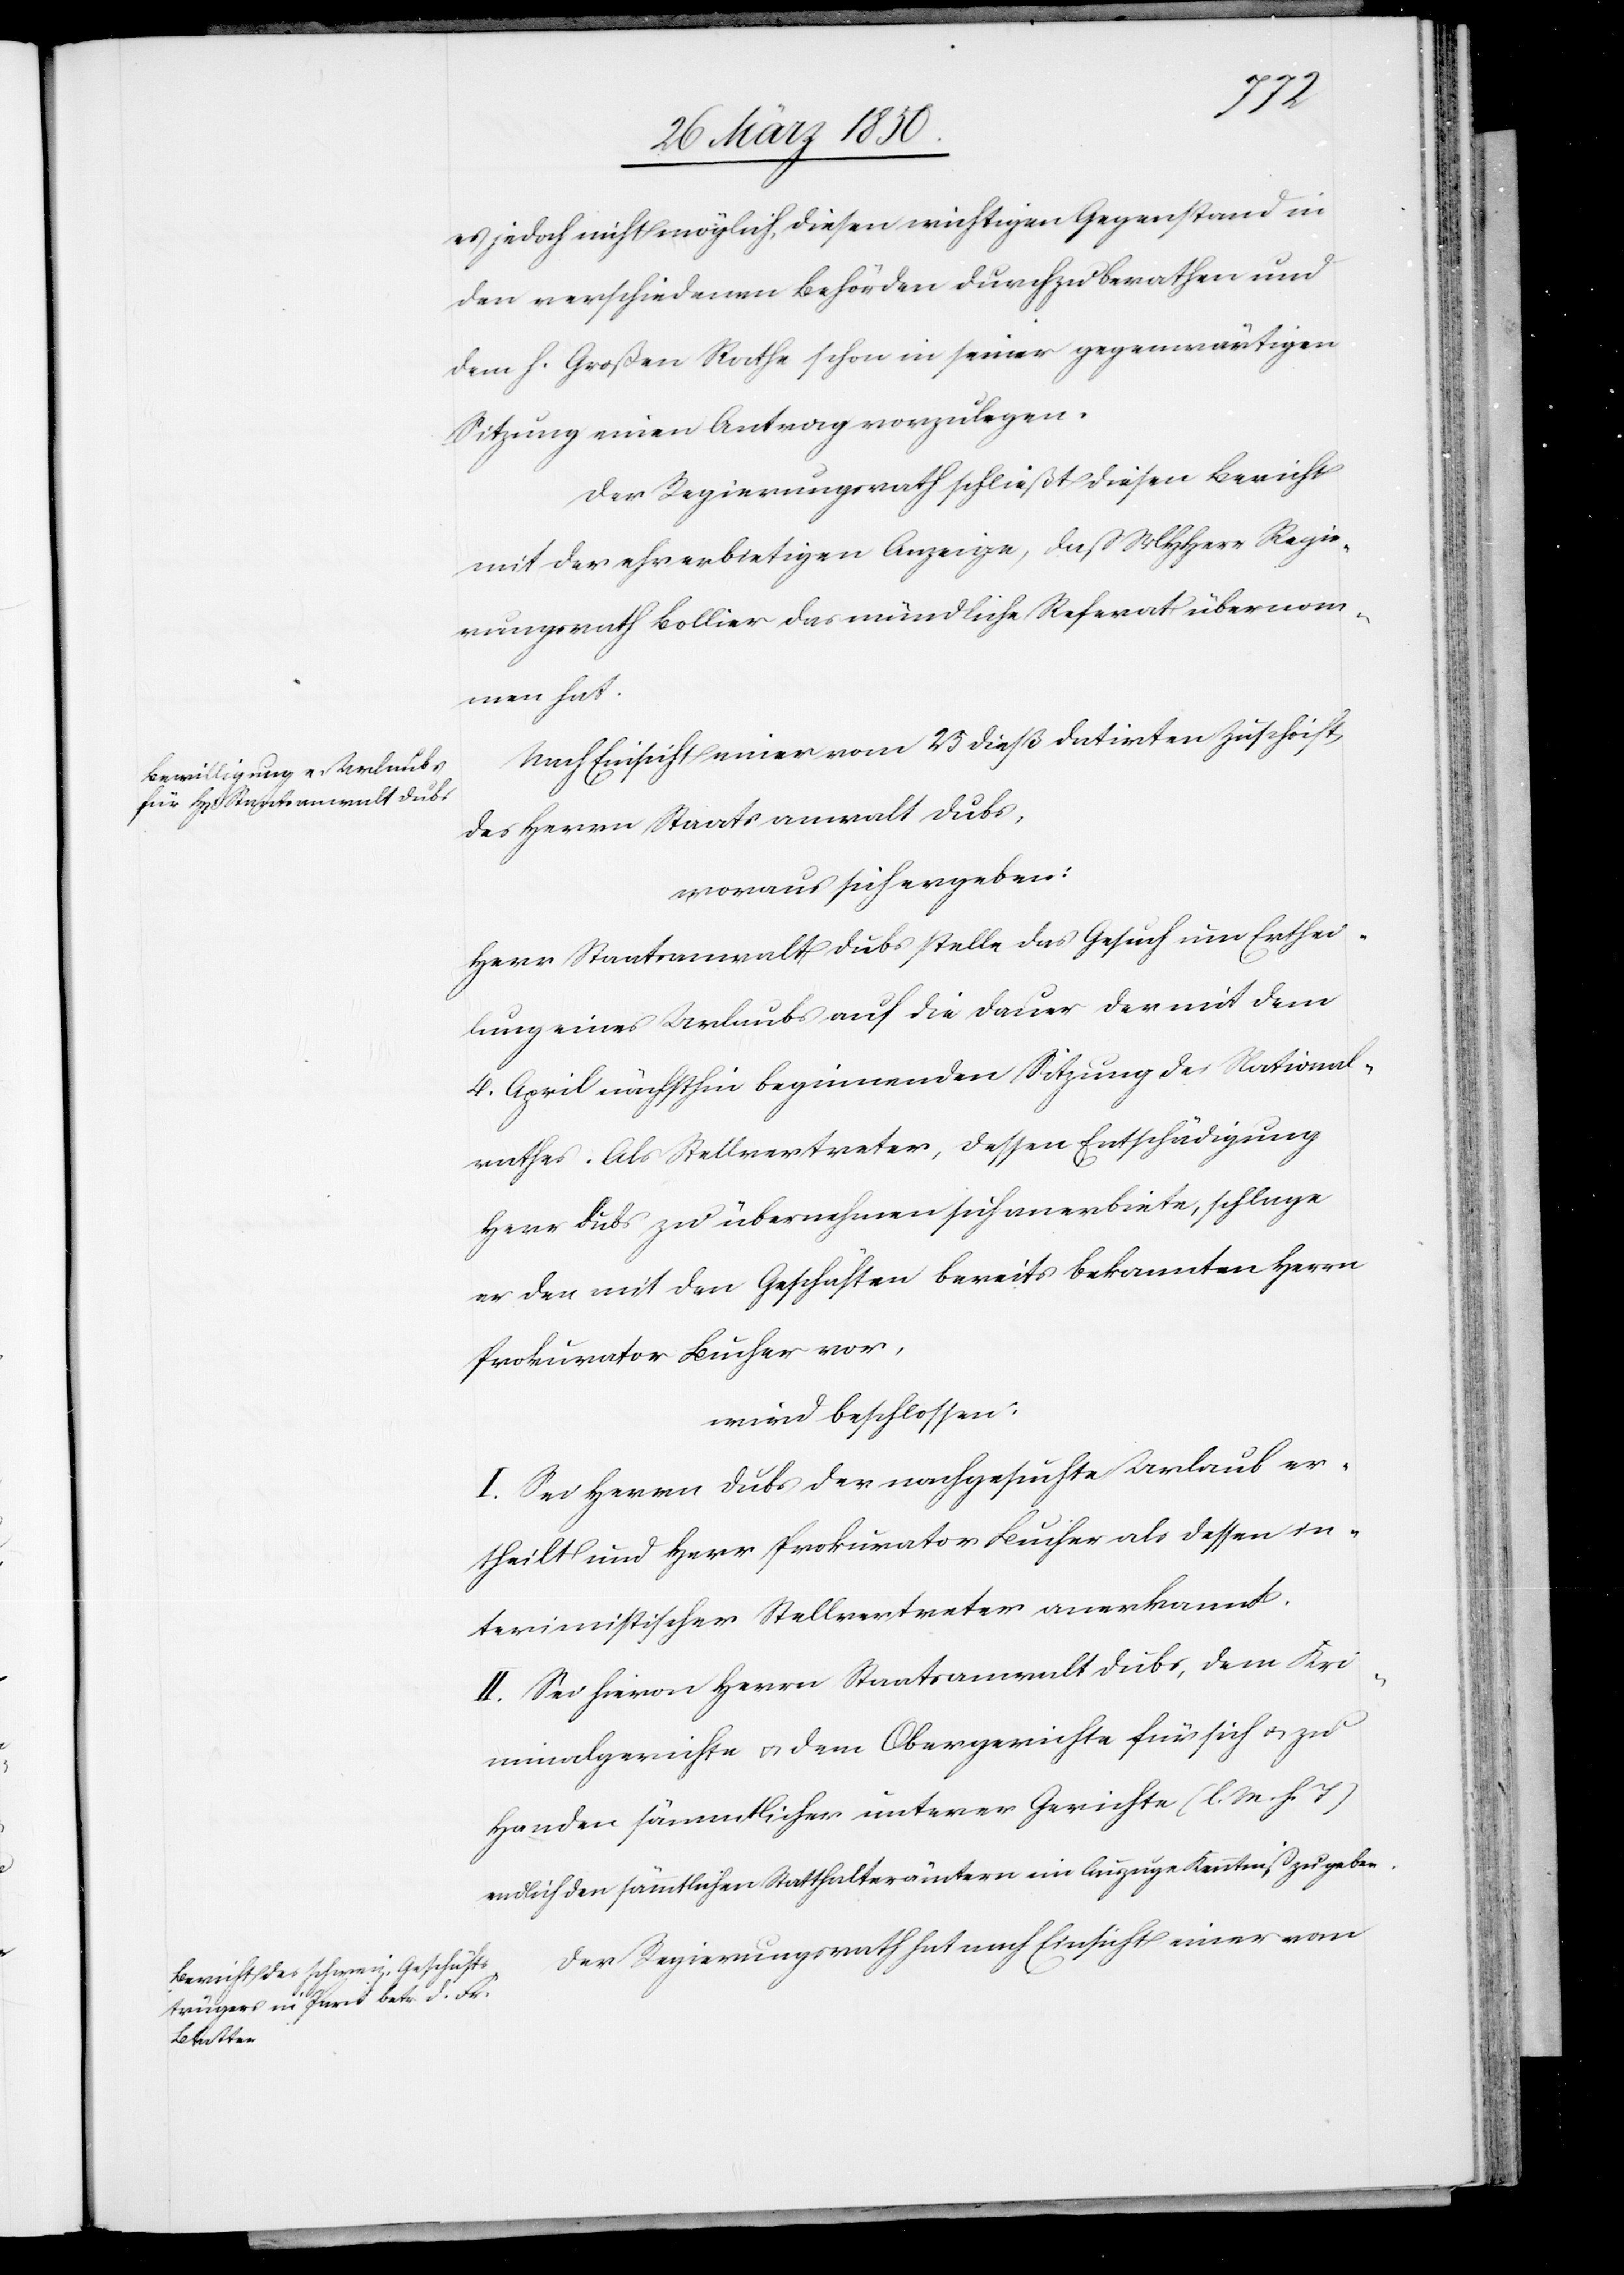
es jedoch nicht möglich, diesen wichtigen Gegenstand in
den verschiedenen Behörden durchzuberathen und
dem h. Großen Rathe schon in seiner gegenwärtigen
Sitzung einen Antrag vorzulegen.
Der Regierungsrath schließt diesen Bericht
mit der ehrerbietigen Anzeige, daß MHHerr Regie¬
rungsrath Bollier das mündliche Referat übernom¬
men hat.
Nach Einsicht einer vom 25 dieß datirten Zuschrift
des Herrn Staatsanwalt Dubs,
woraus sich ergeben:
Herr Staatsanwalt Dubs stelle das Gesuch um Erthei¬
lung eines Urlaubs auf die Dauer der mit dem
4. April nächsthin beginnenden Sitzung des National¬
rates. Als Stellvertreter, dessen Entschädigung
Herr Dubs zu übernehmen sich anerbiete, schlage
er den mit den Geschäften bereits bekannten Herrn
Prokurator Bucher vor,
wird beschlossen:
I. Sei Herrn Dubs der nachgesuchte Urlaub er¬
theilt und Herr Prokurator Bucher als dessen in¬
terimistischer Stellvertreter anerkannt.
II. Sei hievon Herrn Staatsanwalt Dubs, dem Kri¬
minalgerichte u. dem Obergerichte für sich u. zu
Handen sämmtlicher unterer Gerichte (l. M. h. T.)
endlich den sämmtlichen Statthalterämtern im Auszuge Kenntniß zu geben.
Der Regierungsrath hat nach Einsicht einer vom